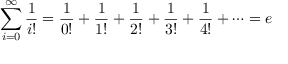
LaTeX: \sum _ { i = 0 } ^ { \infty } { \frac { 1 } { i ! } } = { \frac { 1 } { 0 ! } } + { \frac { 1 } { 1 ! } } + { \frac { 1 } { 2 ! } } + { \frac { 1 } { 3 ! } } + { \frac { 1 } { 4 ! } } + \cdots = e